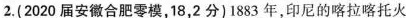
2.(2020届安徽合肥零模，18，2分)1883年，印尼的喀拉喀托火